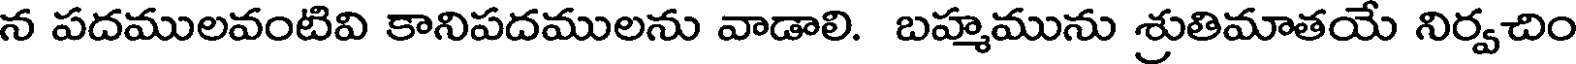
న పదములవంటివి కానిపదములను వాడాలి. బహ్మమును శ్రుతిమాతయే నిర్వచిం